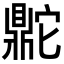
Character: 𬹨